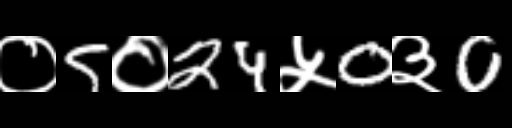
Text: ०5०24५0३0